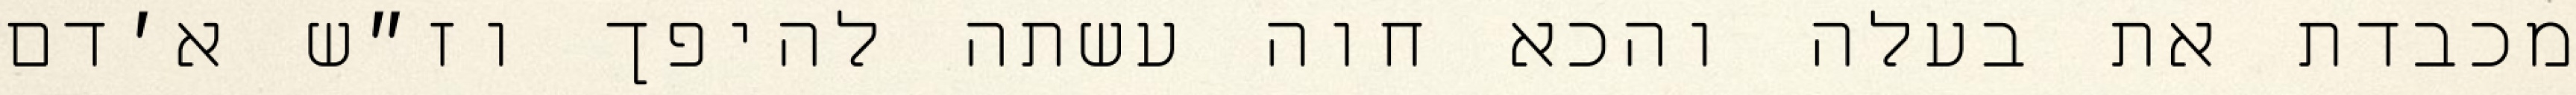
מכבדת את בעלה והכא חוה עשתה להיפך וז״ש א׳דם